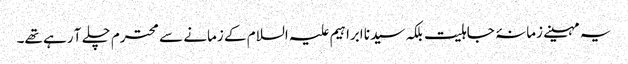
یہ مہینے زمانۂ جاہلیت بلکہ سیدنا ابراہیم علیہ السلام کے زمانے سے محترم چلے آ رہے تھے۔